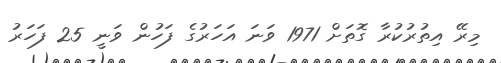
މިރޭ އިތުރުކުރާ ގޮތަށް 1971 ވަނަ އަހަރުގެ ފަހުން ވަނީ 25 ފަހަރު